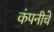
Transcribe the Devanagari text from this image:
कंपनीचेे